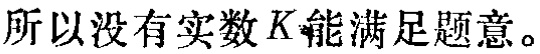
所以没有实数 \(K\) 能满足题意。